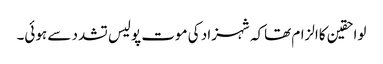
لواحقین کاالزام تھاکہ شہزاد کی موت پولیس تشدد سے ہوئی۔